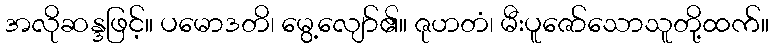
အလိုဆန္ဒဖြင့်။ ပမောဒတိ၊ မွေ့လျော်၏။ ဇုဟတံ၊ မီးပူဇော်သောသူတို့ထက်။